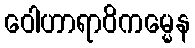
ဝေါဟာရာဝိကမ္မေန